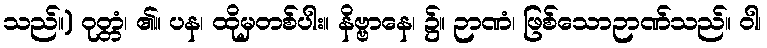
သည်။) ဝုတ္တံ၊ ၏။ ပန၊ ထိုမှတစ်ပါး။ နိဗ္ဗာနေ၊ ၌။ ဉာဏံ၊ ဖြစ်သောဉာဏ်သည်။ ဝါ၊